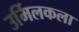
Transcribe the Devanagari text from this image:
उर्मिलकला